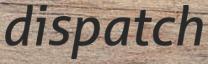
dispatch